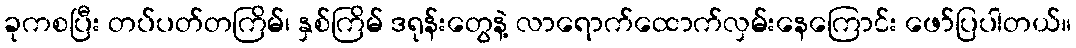
ခုကစပြီး တပ်ပတ်တကြိမ်၊ နှစ်ကြိမ် ဒရုန်းတွေနဲ့ လာရောက်ထောက်လှမ်းနေကြောင်း ဖော်ပြပါတယ်။